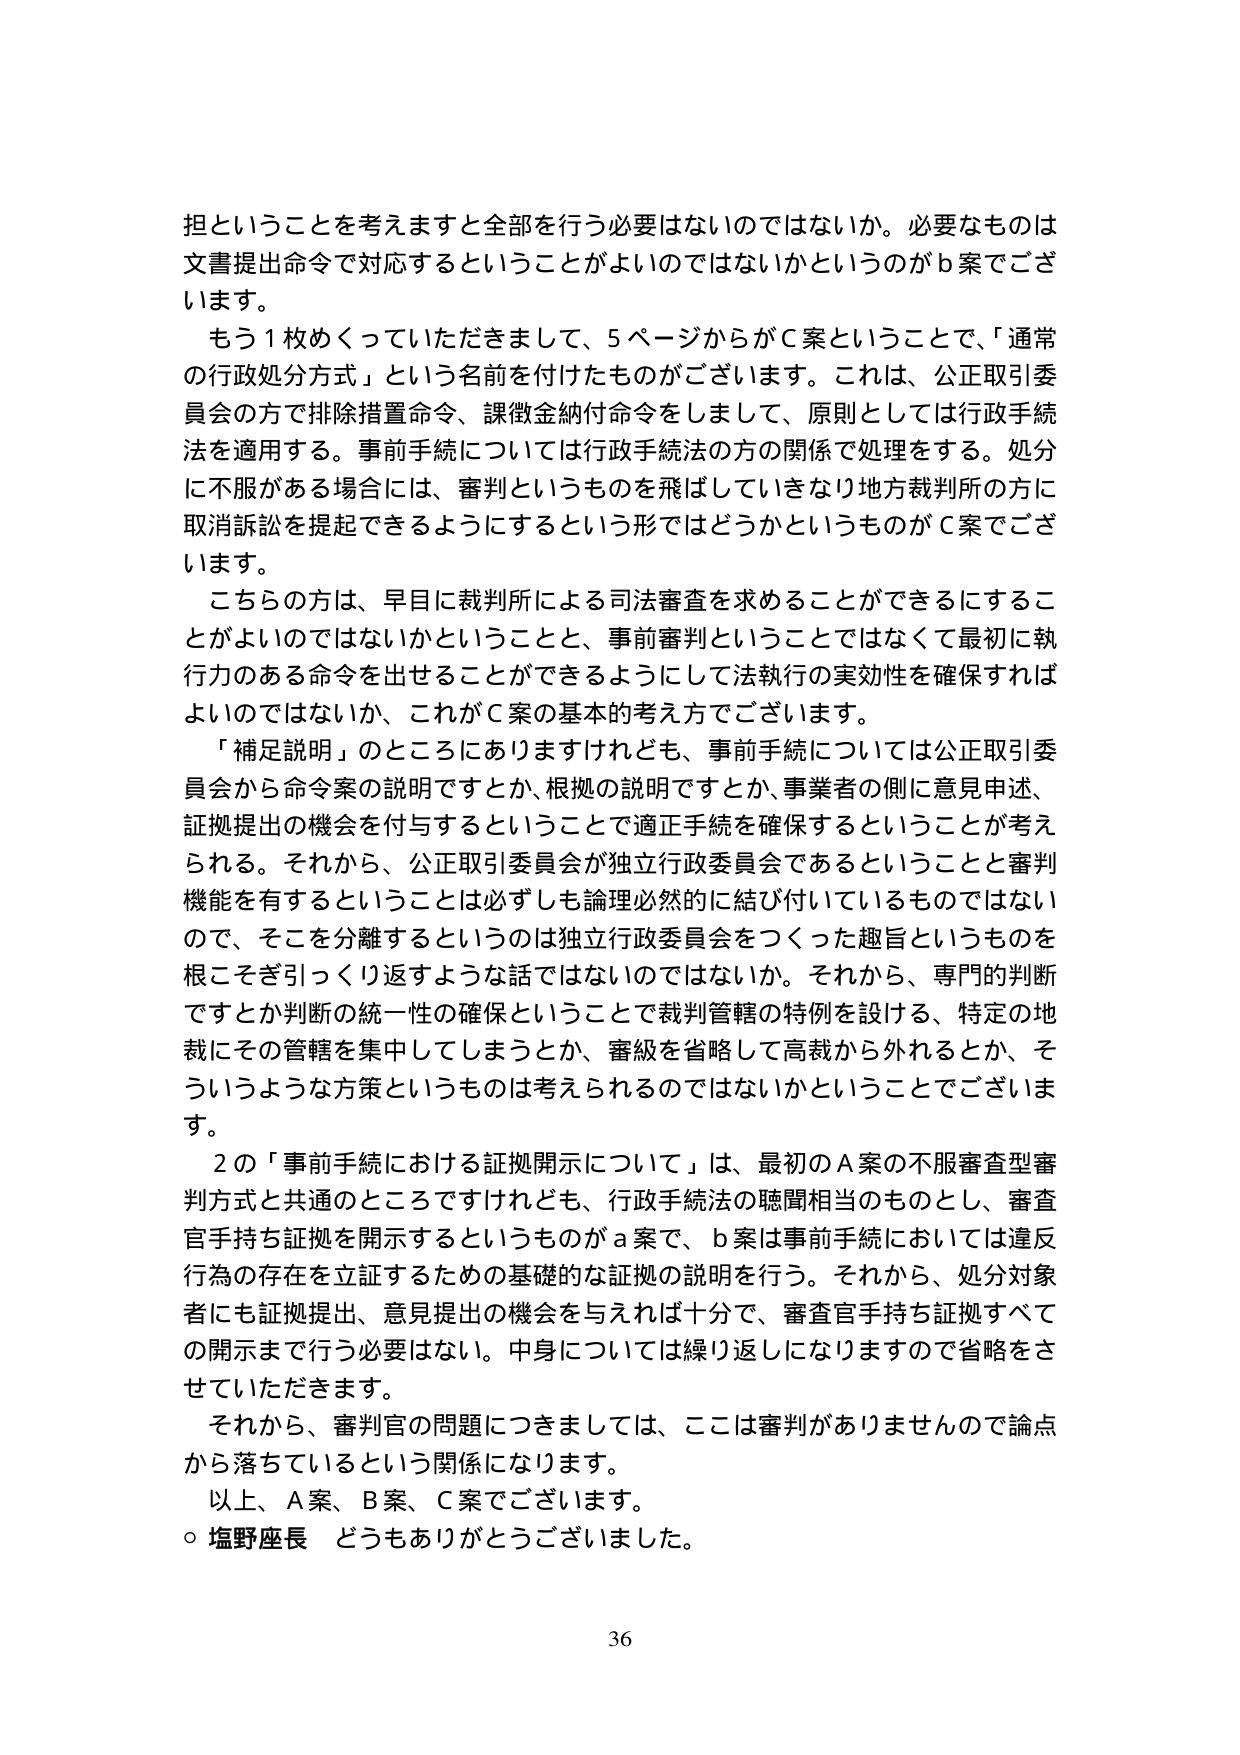
担ということを考えますと全部を行う必要はないのではないか。必要なものは文書提出命令で対応するということがよいのではないかというのがｂ案でございます。

もう１枚めくっていただきまして、５ページからがＣ案ということで、「通常の行政処分方式」という名前を付けたものがございます。これは、公正取引委員会の方で排除措置命令、課徴金納付命令をしまして、原則としては行政手続法を適用する。事前手続については行政手続法の方の関係で処理をする。処分に不服がある場合には、審判というものを飛ばしていきなり地方裁判所の方に取消訴訟を提起できるようにするという形ではどうかというものがＣ案でございます。

こちらの方は、早目に裁判所による司法審査を求めることができるにすることがよいのではないかということと、事前審判ということではなくて最初に執行力のある命令を出せることができるようにして法執行の実効性を確保すればよいのではないか、これがＣ案の基本的考え方でございます。

「補足説明」のところにありますけれども、事前手続については公正取引委員会から命令案の説明ですとか、根拠の説明ですとか、事業者の側に意見申述、証拠提出の機会を付与するということで適正手続を確保するということが考えられる。それから、公正取引委員会が独立行政委員会であるということと審判機能を有するということとは必ずしも論理必然的に結び付いているものではないので、そこを分離するというのは独立行政委員会をつくった趣旨というものを根こそぎ引っくり返すような話ではないのではないか。それから、専門的判断ですとか判断の統一性の確保ということで裁判管轄の特例を設ける、特定の地裁にその管轄を集中してしまうとか、審級を省略して高裁から外れるとか、そういうような方策というものは考えられるのではないかということでございます。

２の「事前手続における証拠開示について」は、最初のＡ案の不服審査型審判方式と共通のところですけれども、行政手続法の聴聞相当のものとし、審査官手持ち証拠を開示するというものがａ案で、ｂ案は事前手続においては違反行為の存在を立証するための基礎的な証拠の説明を行う。それから、処分対象者にも証拠提出、意見提出の機会を与えれば十分で、審査官手持ち証拠すべての開示までを行う必要はない。中身については繰り返しになりますので省略をさせていただきます。

それから、審判官の問題につきましては、ここは審判がありませんので論点から落ちているという関係になります。

以上、Ａ案、Ｂ案、Ｃ案でございます。

○ 塩野座長 どうもありがとうございました。

36